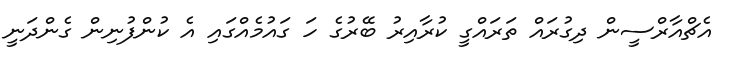
އެޗްއާރްސީން ދިގުރައް ތަރައްގީ ކުރާއިރު ބޭރުގެ ހަ ގައުމެއްގައި އެ ކުންފުނިން ގެންދަނީ